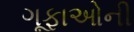
ગૂફાઓની